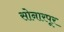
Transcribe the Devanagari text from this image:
सोनारपूर